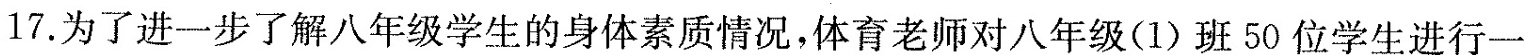
17.为了进一步了解八年级学生的身体素质情况，体育老师对八年级(1)班50位学生进行一